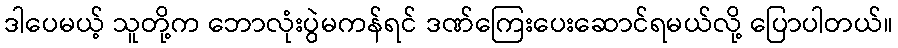
ဒါပေမယ့် သူတို့က ဘောလုံးပွဲမကန်ရင် ဒဏ်ကြေးပေးဆောင်ရမယ်လို့ ပြောပါတယ်။